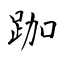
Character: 跏